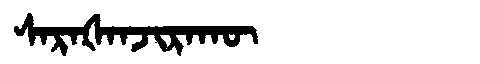
Manchu: ᠰᠠᡵᠠᡧᠠᠨᠵᡳᡵᠠᡴᡡ
Romanization: SARAŠANJIRAKŪ